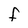
Character: F